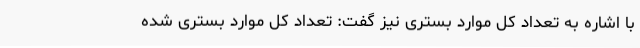
با اشاره به تعداد کل موارد بستری نیز گفت: تعداد کل موارد بستری شده